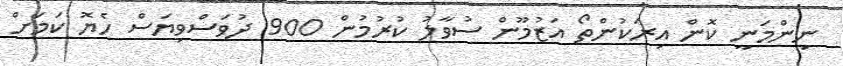
ނިންމަނީ ކޮން އިރަކުންތޯ އަޒުމޫން ސުވާލު ކުރުމުން 900 ދުވަސްވިޔަސް ހެޔޮ ކަމަށް